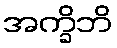
အက္ခိဘိ